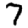
Digit: 7